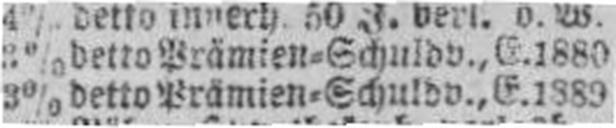
3% detto Prämien=Schuldv., E. 1889